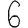
Digit: 6